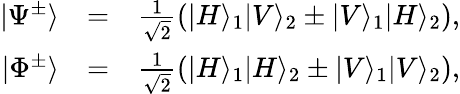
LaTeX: \begin{array}{rlr}{|\Psi^{\pm}\rangle}&{=}&{\frac{1}{\sqrt{2}}\left(|H\rangle_{1}|V\rangle_{2}\pm|V\rangle_{1}|H\rangle_{2}\right),}\\ {|\Phi^{\pm}\rangle}&{=}&{\frac{1}{\sqrt{2}}\left(|H\rangle_{1}|H\rangle_{2}\pm|V\rangle_{1}|V\rangle_{2}\right),}\end{array}